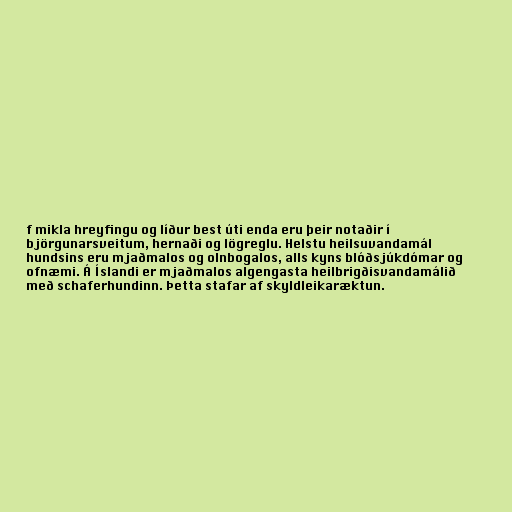
f mikla hreyfingu og líður best úti enda eru þeir notaðir í
björgunarsveitum, hernaði og lögreglu. Helstu heilsuvandamál
hundsins eru mjaðmalos og olnbogalos, alls kyns blóðsjúkdómar og
ofnæmi. Á Íslandi er mjaðmalos algengasta heilbrigðisvandamálið
með schaferhundinn. Þetta stafar af skyldleikaræktun.